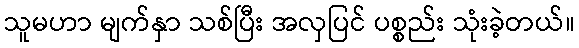
သူမဟာ မျက်နှာ သစ်ပြီး အလှပြင် ပစ္စည်း သုံးခဲ့တယ်။